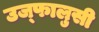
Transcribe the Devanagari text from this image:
उज्फालुसी